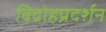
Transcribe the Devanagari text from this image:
विद्रोहप्रदर्शन